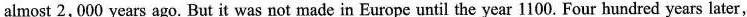
almost 2,000 years ago. But it was not made in Europe until the year 1100. Four hundred years later,